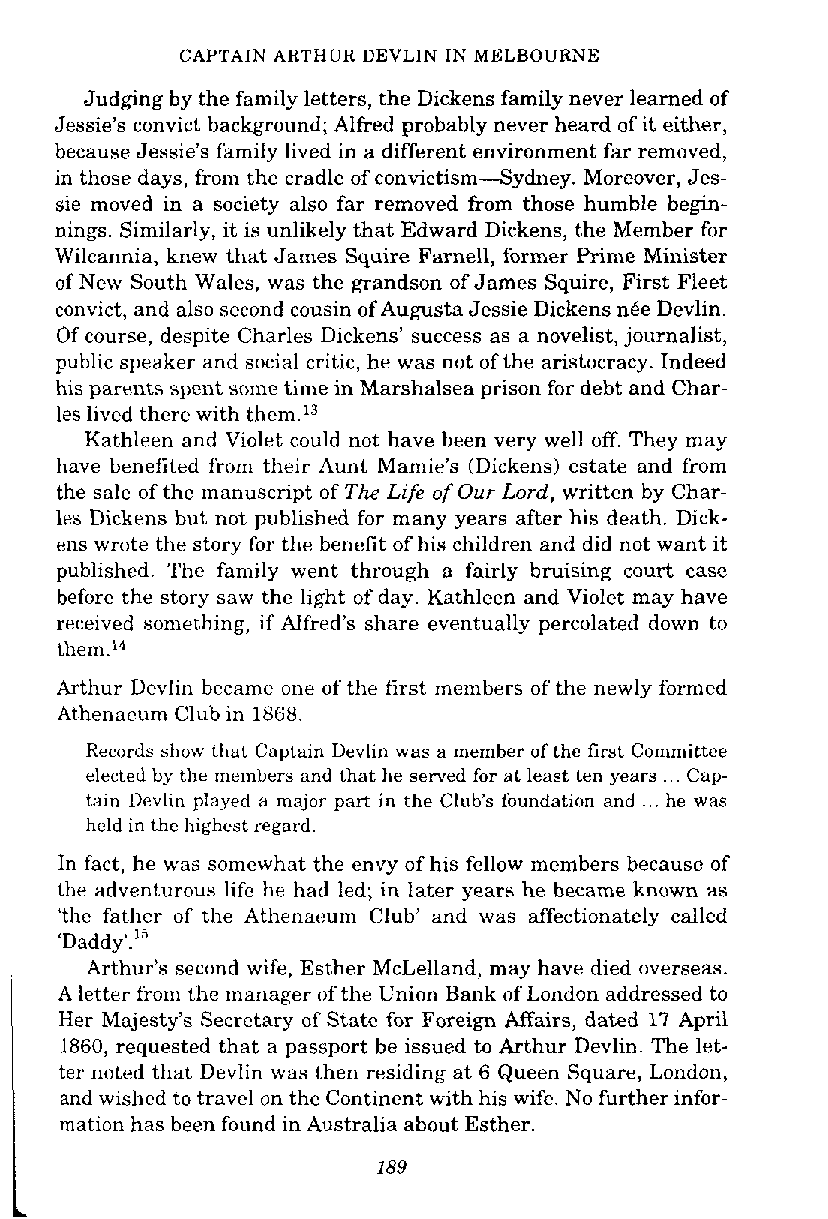
CAPTAIN ARTHUR DEVLIN IN MELBOURNE
 Judging by the family letters, the Dickens family never learned of
 Jessie's convict background; Alfred probably never heard of it either,
 because Jessie's family lived in a different environment far removed,
 in those days, from the cradle of convictism-Sydney, Moreover, Jes-
 sie moved in a society also far removed from those humble begin-
 nings. Similarly, it is unlikely that Edward Dickens, the Member for
 Wilcannia, knew that James Squire Farnell, former Prime Minister
 of New South Wales, was the grandson of James Squire, First Fleet
 convict, and also second cousin of Augusta Jessie Dickens n6e Devlin.
 Of course, despite Charles Dickens' success as a novelist, journalist,
 public speaker and social critic, he was not of the aristocracy. Indeed
 his parents spent some time in Marshalsea prison for debt and Char-
 les lived there with them.13
 Kathleen and Violet could not have been very well off. They may
 have benefited from their Aunt Mamie's (Dickens) estate and from
 the sale of the manuscript of The Life of Our Lord, written by Char-
 les Dickens but not published for many years after his death. Dick-
 ens wrote the story for the benefit of his children and did not want it
 published. The family went through a fairly bruising court case
 before the story saw the light of day. Kathleen and Violet may have
 received something, if Alfred's share eventually percolated down to
 them.14
 Arthur Devlin became one of the first members of the newly formed
 Athenaeum Club in 1868.
 Records show that Captain Devlin was a member of the first Committee
 elected by the members and that he served for at least ten years ... Cap-
 tain Devlin played a major part in the Club's foundation and ... he was
 held in the highest regard.
 In fact, he was somewhat the envy of his fellow members because of
 the adventurous life he had led; in later years he became known as
 'the father of the Athenaeum Club' and was affectionately called
 add^'."
 Arthur's second wife, Esther McLelland, may have died overseas.
 A letter from t,he manager of the Union Bank of London addressed to
 Her Majesty's Secretary of State for Foreign AEairs, dated 17 April
 1860, requested that a passport be issued to Arthur Devlin. The let-
 ter noted that Devlin was then residing at 6 Queen Square, London,
 and wished to travel on the Continent with his wife. No further infor-
 mation has been found in Australia about Esther.
 189